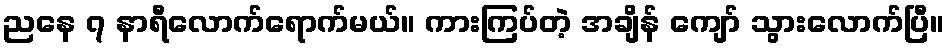
ညနေ ၇ နာရီလောက်ရောက်မယ်။ ကားကြပ်တဲ့ အချိန် ကျော် သွားလောက်ပြီ။